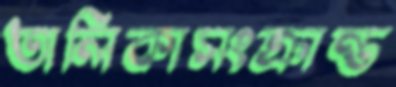
তালিকাসংক্রান্ত